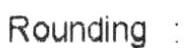
ROUNDING :